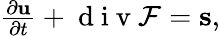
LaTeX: \begin{array}{r}{\frac{\partial{\mathbf u}}{\partial t}+\mathrm{~d~i~v~}{\cal F}={\mathbf s},}\end{array}